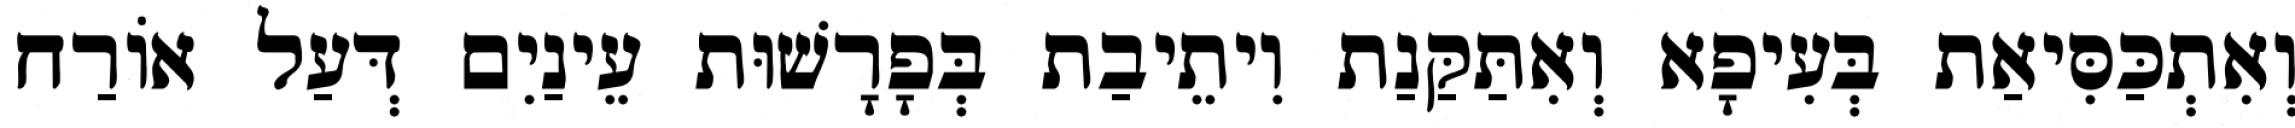
וְאִתְכַּסִּיאַת בְּעִיפָא וְאִתַּקַּנַת וִיתֵיבַת בְּפָרָשׁוּת עֵינַיִם דְּעַל אוֹרַח